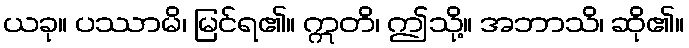
ယခု။ ပဿာမိ၊ မြင်ရ၏။ ဣတိ၊ ဤသို့။ အဘာသိ၊ ဆို၏။